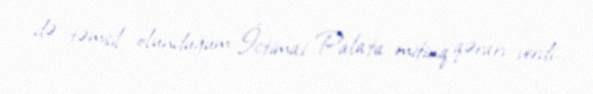
də təmsil olunduğum İctimai Palata mitinq qərarı verdi.